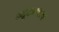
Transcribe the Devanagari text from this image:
न्यूटनचाच